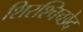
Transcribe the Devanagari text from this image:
शिरश्चिच्छेद